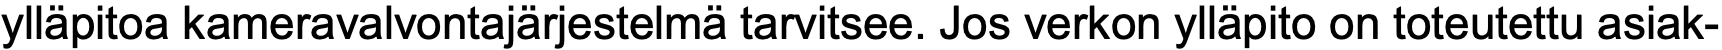
ylläpitoa kameravalvontajärjestelmä tarvitsee. Jos verkon ylläpito on toteutettu asiak-